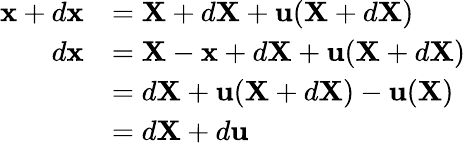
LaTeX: {\begin{array}{rl}{\mathbf{x}+d\mathbf{x}}&{=\mathbf{X}+d\mathbf{X}+\mathbf{u}(\mathbf{X}+d\mathbf{X})}\\ {d\mathbf{x}}&{=\mathbf{X}-\mathbf{x}+d\mathbf{X}+\mathbf{u}(\mathbf{X}+d\mathbf{X})}\\ &{=d\mathbf{X}+\mathbf{u}(\mathbf{X}+d\mathbf{X})-\mathbf{u}(\mathbf{X})}\\ &{=d\mathbf{X}+d\mathbf{u}}\end{array}}